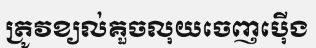
ត្រូវខ្យល់គួចលុយចេញប៉ើង